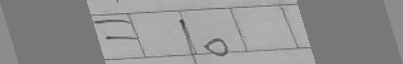
= 1 0